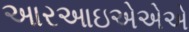
આરઆઇએએએ